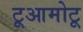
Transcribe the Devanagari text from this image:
टूआमोटू